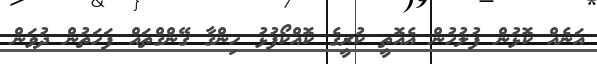
އަނެއް ކޮޅުން ފުލުހުން އެއޮތީ ކުރީގެ ކޮއްކޯފުޅު ހިންގާ ގޭންގްތައް ފަހަތުން ދުވަން